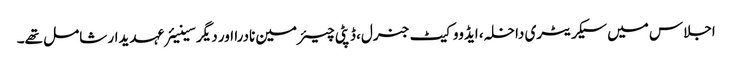
اجلاس میں سیکریٹری داخلہ، ایڈووکیٹ جنرل، ڈپٹی چیئرمین نادرا اور دیگر سینیئرعہدیدار شامل تھے۔